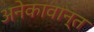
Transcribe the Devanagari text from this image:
अनेकावान्त